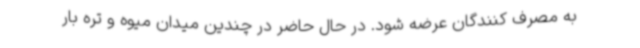
به مصرف کنندگان عرضه شود. در حال حاضر در چندین میدان میوه و تره بار